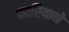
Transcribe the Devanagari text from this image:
फारियाने